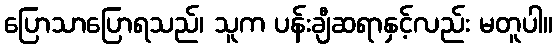
ပြောသာပြောရသည်၊ သူက ပန်းချီဆရာနှင့်လည်း မတူပါ။